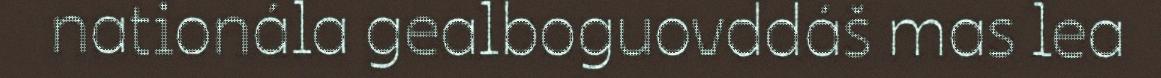
nationála gealboguovddáš mas lea